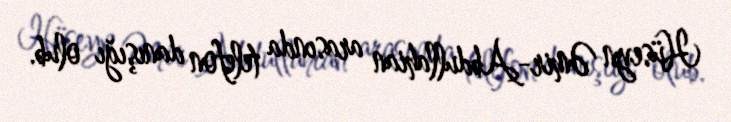
Hüseyn Əmir-Abdullahian arasında telefon danışığı olub.